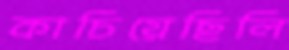
কাচিয়েছিলি